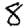
Digit: 8